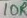
Text: 10R